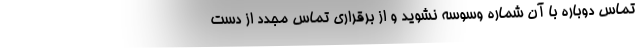
تماس دوباره با آن شماره وسوسه نشوید و از برقراری تماس مجدد از دست